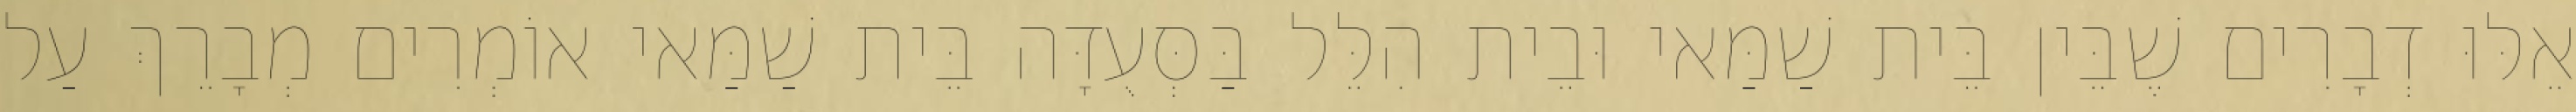
אֵלּוּ דְבָרִים שֶׁבֵּין בֵּית שַׁמַּאי וּבֵית הִלֵּל בַּסְּעֻדָּה בֵּית שַׁמַּאי אוֹמְרִים מְבָרֵךְ עַל